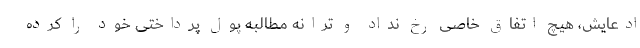
ادعایش، هیچ اتفاق خاصی رخ نداد و ترانه مطالبه پول پرداختی خود را کرده